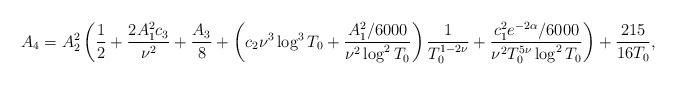
LaTeX: \begin{align*} A_4 = A_2^2\left( \frac{1}{2} + \frac{2A_1^2 c_3}{\nu^2} + \frac{A_3}{8} + \left( c_2 \nu^3 \log^3T_0 + \frac{A_1^2/6000}{\nu^2 \log^2 T_0} \right) \frac{1}{T_0^{1-2\nu}} + \frac{c_1^2 e^{-2\alpha} /6000 }{\nu^2 T_0^{5\nu}\log^2 T_0} \right) + \frac{215}{16T_0} ,\end{align*}